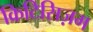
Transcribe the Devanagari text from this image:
क्रिटिसिज़म